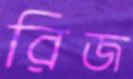
রিজ